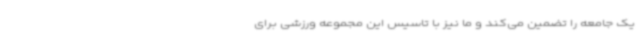
یک جامعه را تضمین می‌کند و ما نیز با تاسیس این مجموعه ورزشی برای